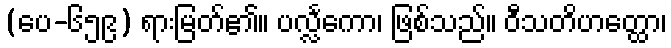
(ပေ-၆၅၉) ရားမြတ်၏။ ပလ္လင်္ကော၊ ဖြစ်သည်။ ဝီသတိဟတ္ထော၊